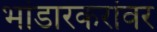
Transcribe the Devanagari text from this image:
भांडारकरांवर